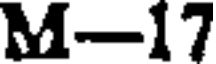
M-17